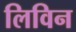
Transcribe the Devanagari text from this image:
लिविन